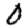
Digit: 0